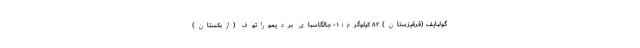
گولبایف (قرقیزستان) ۸۲ کیلوگرم: ۱- جالگاسبای بردیموراتوف (ازبکستان)